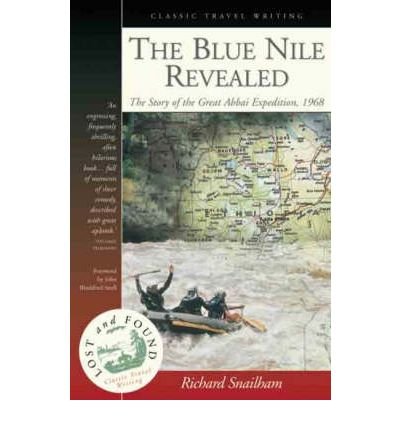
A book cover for The Blue Nile Revealed: The Story of the Great Abbai Expedition, 1968; Richard Snailham; Travel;